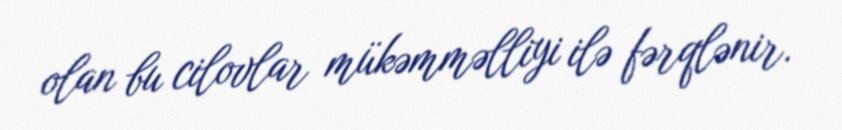
olan bu cilovlar mükəmməlliyi ilə fərqlənir.